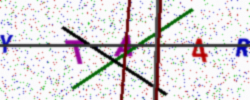
Text: YTA4R